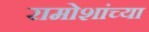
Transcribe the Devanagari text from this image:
रामोशांच्या